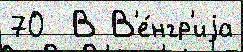
70  В В'е́нгр'иjа